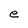
Character: U